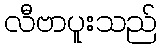
လီဗာပူးသည်